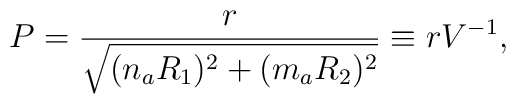
P = \frac{r}{\sqrt{(n_a R_1)^2 + (m_a R_2)^2}} \equiv r V^{-1},